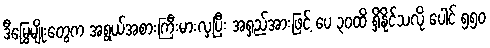
ဒီမြွေမျိုးတွေက အရွယ်အစားကြီးမားလှပြီး အရှည်အားဖြင့် ပေ ၃၀ထိ ရှိနိုင်သလို ပေါင် ၅၅၀